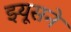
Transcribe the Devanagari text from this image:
झ्यूसने